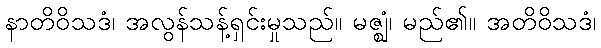
နာတိဝိသဒံ၊ အလွန်သန့်ရှင်းမှုသည်။ မဇ္ဈံ၊ မည်၏။ အတိဝိသဒံ၊